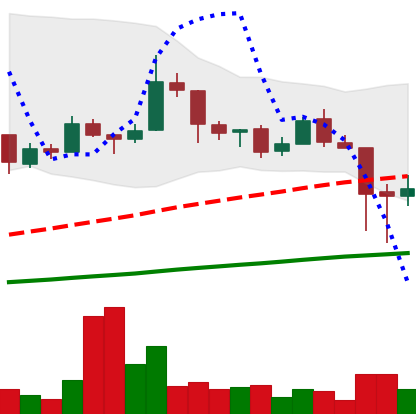
Ticker: LTC-USD
Chart end date: 2018-01-18
Forward return: -7.794%
Label: down_7plus